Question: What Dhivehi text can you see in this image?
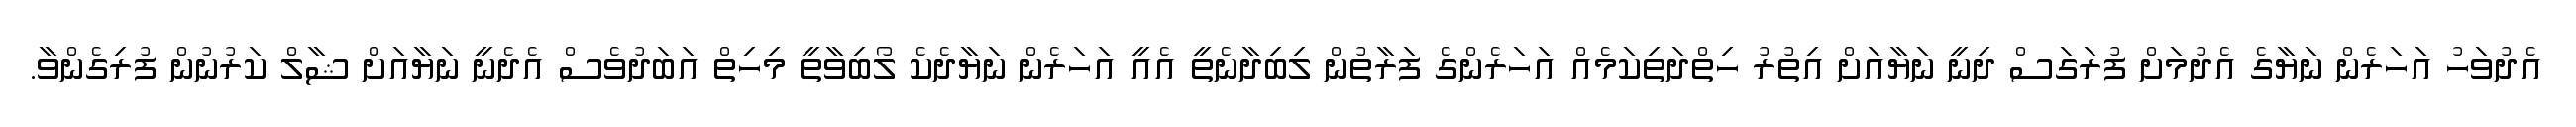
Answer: އެދުވަހު އަހަރެން ނަޔާގެ އެދުމަށް ފުރަގަސް ދިނީ ނަޔާއަށް އިތުރު ހިތްދަތިކަމެއް އަހަރެންގެ ފަރާތުން ލިބިދާނެތީ އެއީ އަހަރެން ނަޔާދެކެ ލޯބިވާތީ މިހިތް އަބަދުވެސް އެދެނީ ނަޔާއަށް ޝާލް ކަރުނުން ފުރިގެންވާ.